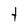
Character: t